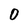
Character: 0